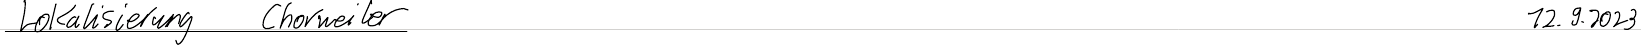
Lokalisierung Chorweiler    12.9.2023